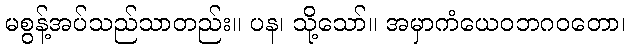
မစွန့်အပ်သည်သာတည်း။ ပန၊ သို့သော်။ အမှာကံယေဝဘဂဝတော၊